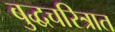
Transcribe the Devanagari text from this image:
बुद्धचरित्रात